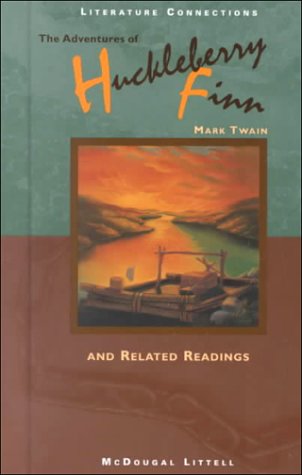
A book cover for Adventures of Huckleberry Finn: and Related Readings (Literature Connections); MCDOUGAL LITTEL; Literature & Fiction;